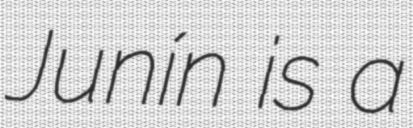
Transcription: Junín is a